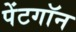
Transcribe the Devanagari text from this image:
पेंटगॉन